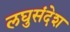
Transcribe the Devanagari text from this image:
लघुसंदेश